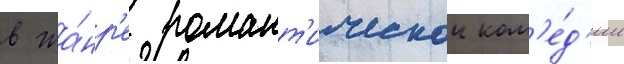
в жа́нр'е романт'ическои ком'е́д'ии